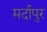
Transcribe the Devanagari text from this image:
मर्दापुर